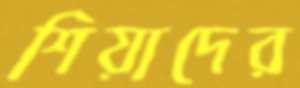
শিয়াদের